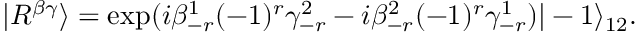
| R ^ { \beta \gamma } \rangle = \exp ( i \beta _ { - r } ^ { 1 } ( - 1 ) ^ { r } \gamma _ { - r } ^ { 2 } - i \beta _ { - r } ^ { 2 } ( - 1 ) ^ { r } \gamma _ { - r } ^ { 1 } ) | - 1 \rangle _ { 1 2 } .